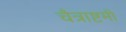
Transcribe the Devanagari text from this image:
चैत्राष्टमी